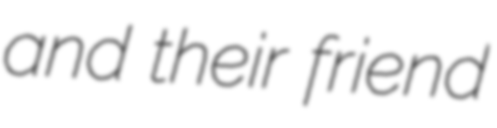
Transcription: and their friend